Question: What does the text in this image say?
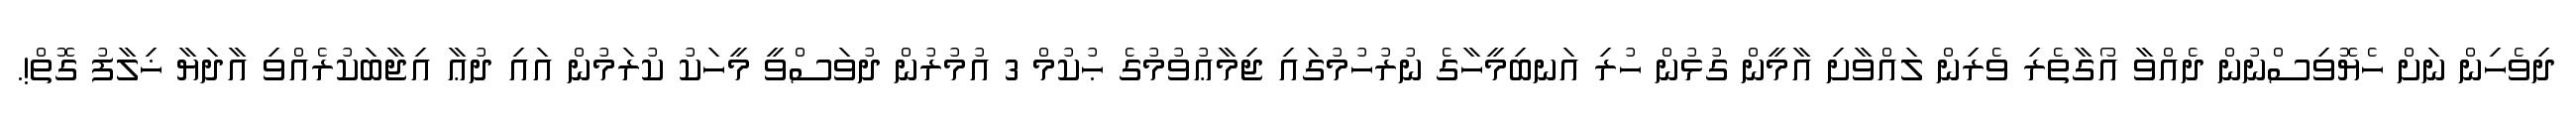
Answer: ދިވެހިން ނަށް ހެޔޮވިސްނުން ދެއްވާ އޯގާތެރި ވެރިން ލައްވާށި އާމީން ގުޅުން ހުރި އަނބިމީހާގެ ނުރުހުމުގައި ޖިމާޢުވުމުގެ ޙުކުމް 3 އުމުރުން ދުވަސްވީ މީހަކު ކުރަމުން އައި ދުޢާ އިޖާބަކުރެއްވި އާދަޔާ ޚިލާފު ގޮތް!.